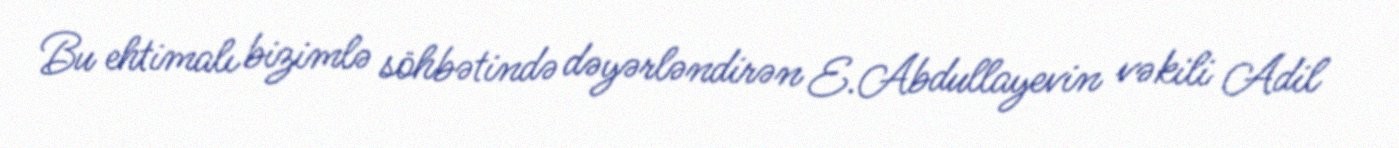
Bu ehtimalı bizimlə söhbətində dəyərləndirən E.Abdullayevin vəkili Adil